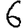
Digit: 6